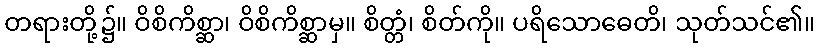
တရားတို့၌။ ဝိစိကိစ္ဆာ၊ ဝိစိကိစ္ဆာမှ။ စိတ္တံ၊ စိတ်ကို။ ပရိသောဓေတိ၊ သုတ်သင်၏။